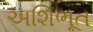
અશિભૂત